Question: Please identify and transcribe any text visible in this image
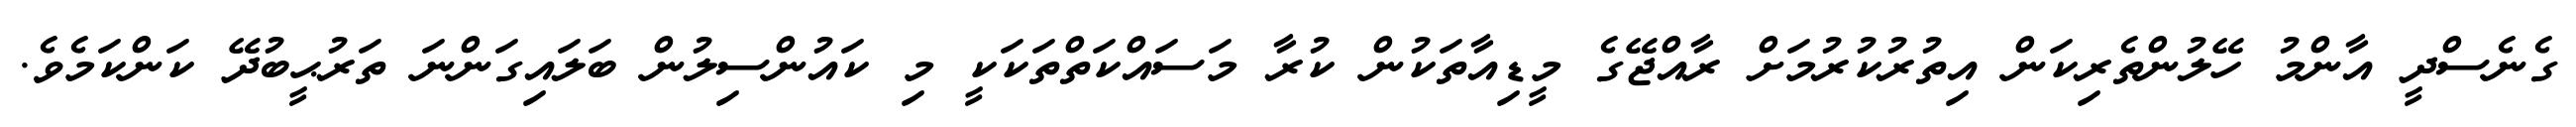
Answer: ގެނެސްދީ އާންމު ހޭލުންތެރިކަން އިތުރުކުރުމަށް ރާއްޖޭގެ މީޑިއާތަކުން ކުރާ މަސައްކަތްތަކަކީ މި ކައުންސިލުން ބަލައިގަންނަ ތަރުޙީބުދޭ ކަންކަމެވެ.